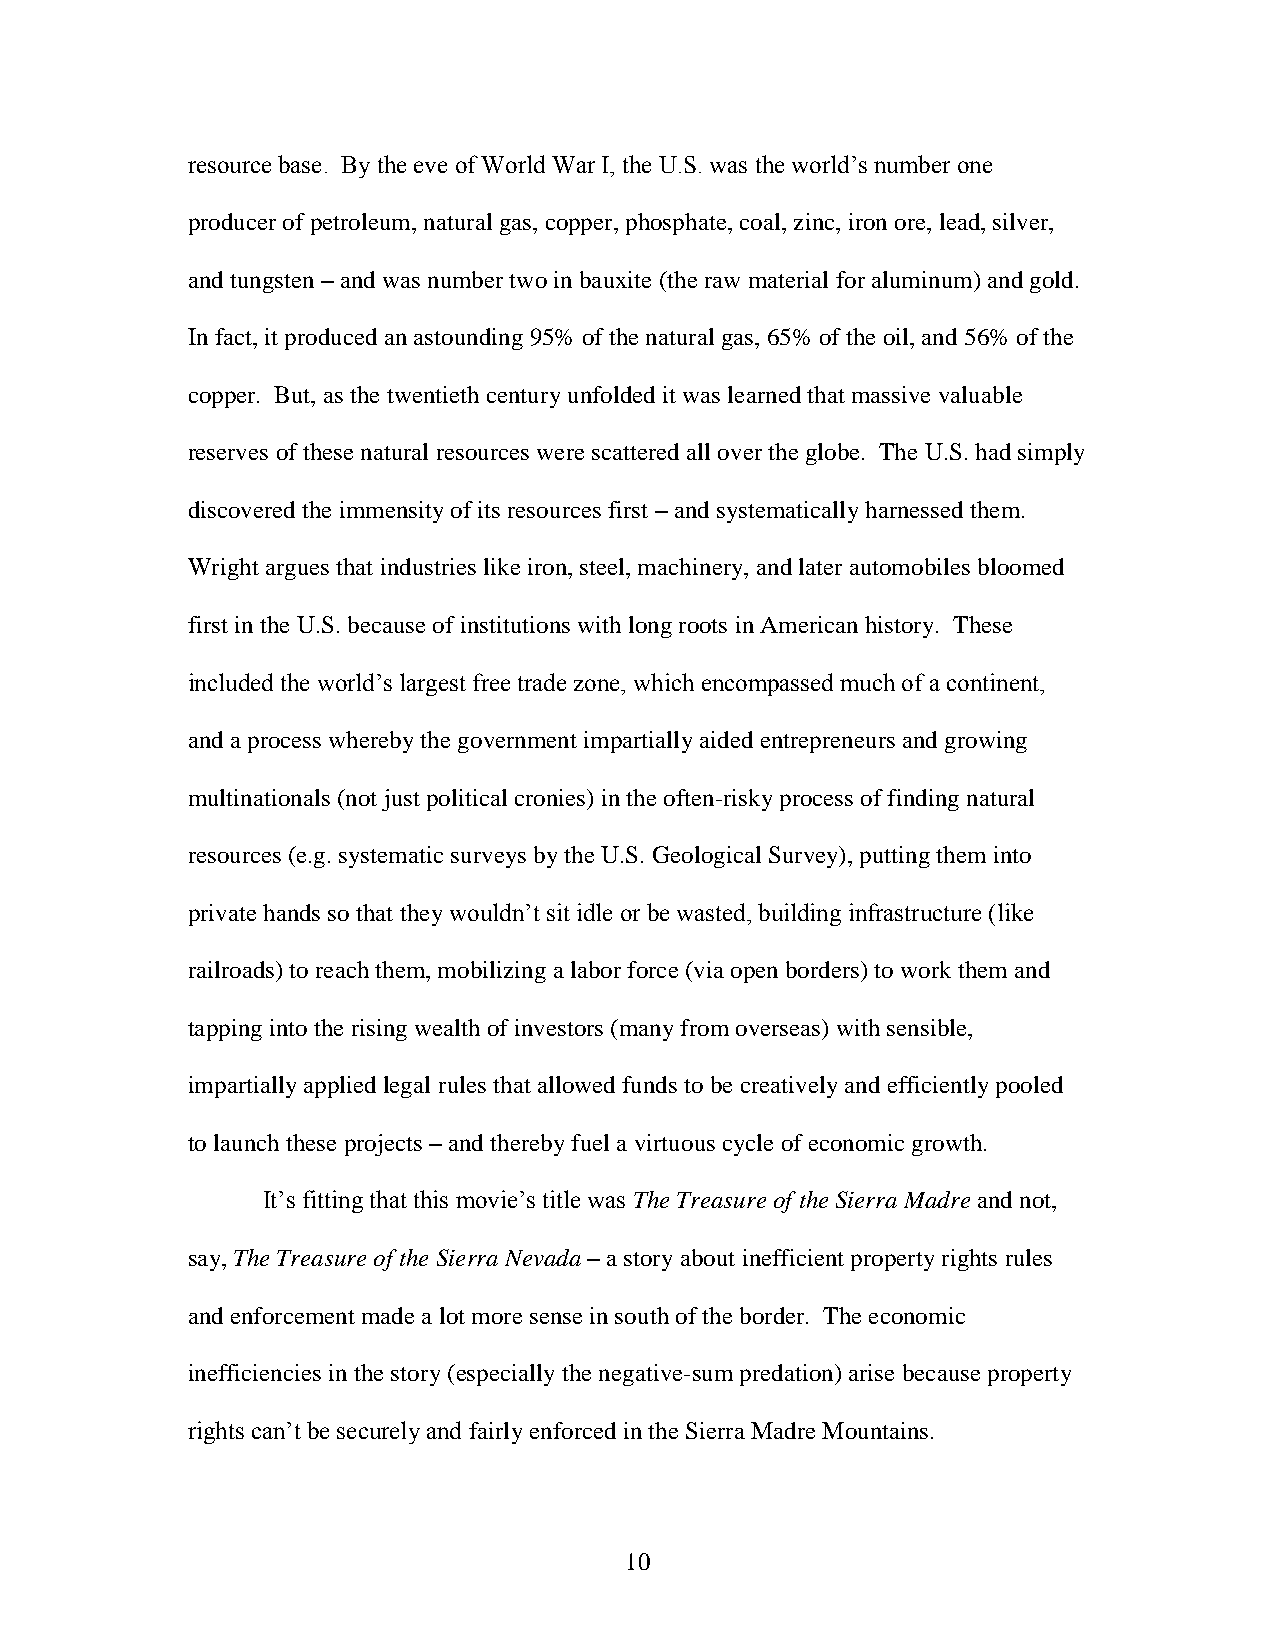
resource base. By the eve of World War I, the U.S. was the world’s number one
 producer of petroleum, natural gas, copper, phosphate, coal, zinc, iron ore, lead, silver,
 and tungsten – and was number two in bauxite (the raw material for aluminum) and gold.
 In fact, it produced an astounding 95% of the natural gas, 65% of the oil, and 56% of the
 copper. But, as the twentieth century unfolded it was learned that massive valuable
 reserves of these natural resources were scattered all over the globe. The U.S. had simply
 discovered the immensity of its resources first – and systematically harnessed them.
 Wright argues that industries like iron, steel, machinery, and later automobiles bloomed
 first in the U.S. because of institutions with long roots in American history. These
 included the world’s largest free trade zone, which encompassed much of a continent,
 and a process whereby the government impartially aided entrepreneurs and growing
 multinationals (not just political cronies) in the often-risky process of finding natural
 resources (e.g. systematic surveys by the U.S. Geological Survey), putting them into
 private hands so that they wouldn’t sit idle or be wasted, building infrastructure (like
 railroads) to reach them, mobilizing a labor force (via open borders) to work them and
 tapping into the rising wealth of investors (many from overseas) with sensible,
 impartially applied legal rules that allowed funds to be creatively and efficiently pooled
 to launch these projects – and thereby fuel a virtuous cycle of economic growth.
 It’s fitting that this movie’s title was The Treasure of the Sierra Madre and not,
 say, The Treasure of the Sierra Nevada – a story about inefficient property rights rules
 and enforcement made a lot more sense in south of the border. The economic
 inefficiencies in the story (especially the negative-sum predation) arise because property
 rights can’t be securely and fairly enforced in the Sierra Madre Mountains.
 10